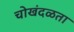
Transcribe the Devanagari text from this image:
चोखंदळता